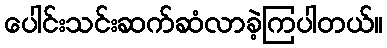
ပေါင်းသင်းဆက်ဆံလာခဲ့ကြပါတယ်။